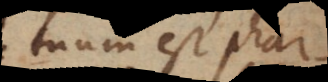
tuum est pharmaca